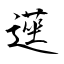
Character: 遳